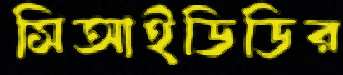
সিআইডিডির